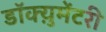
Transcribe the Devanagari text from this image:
डॉक्य़ुमेंटरी